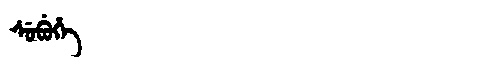
Manchu: ᠰᡠᠪᡠᡥᡝ
Romanization: SUBUHE